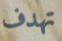
تهدف